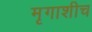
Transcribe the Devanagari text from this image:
मृगाशीच